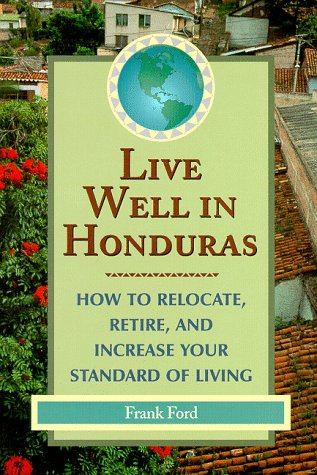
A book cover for Live Well in Honduras; Frank Ford; Travel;